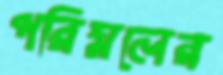
পরিমলের